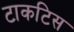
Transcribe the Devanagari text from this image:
टाकटिस